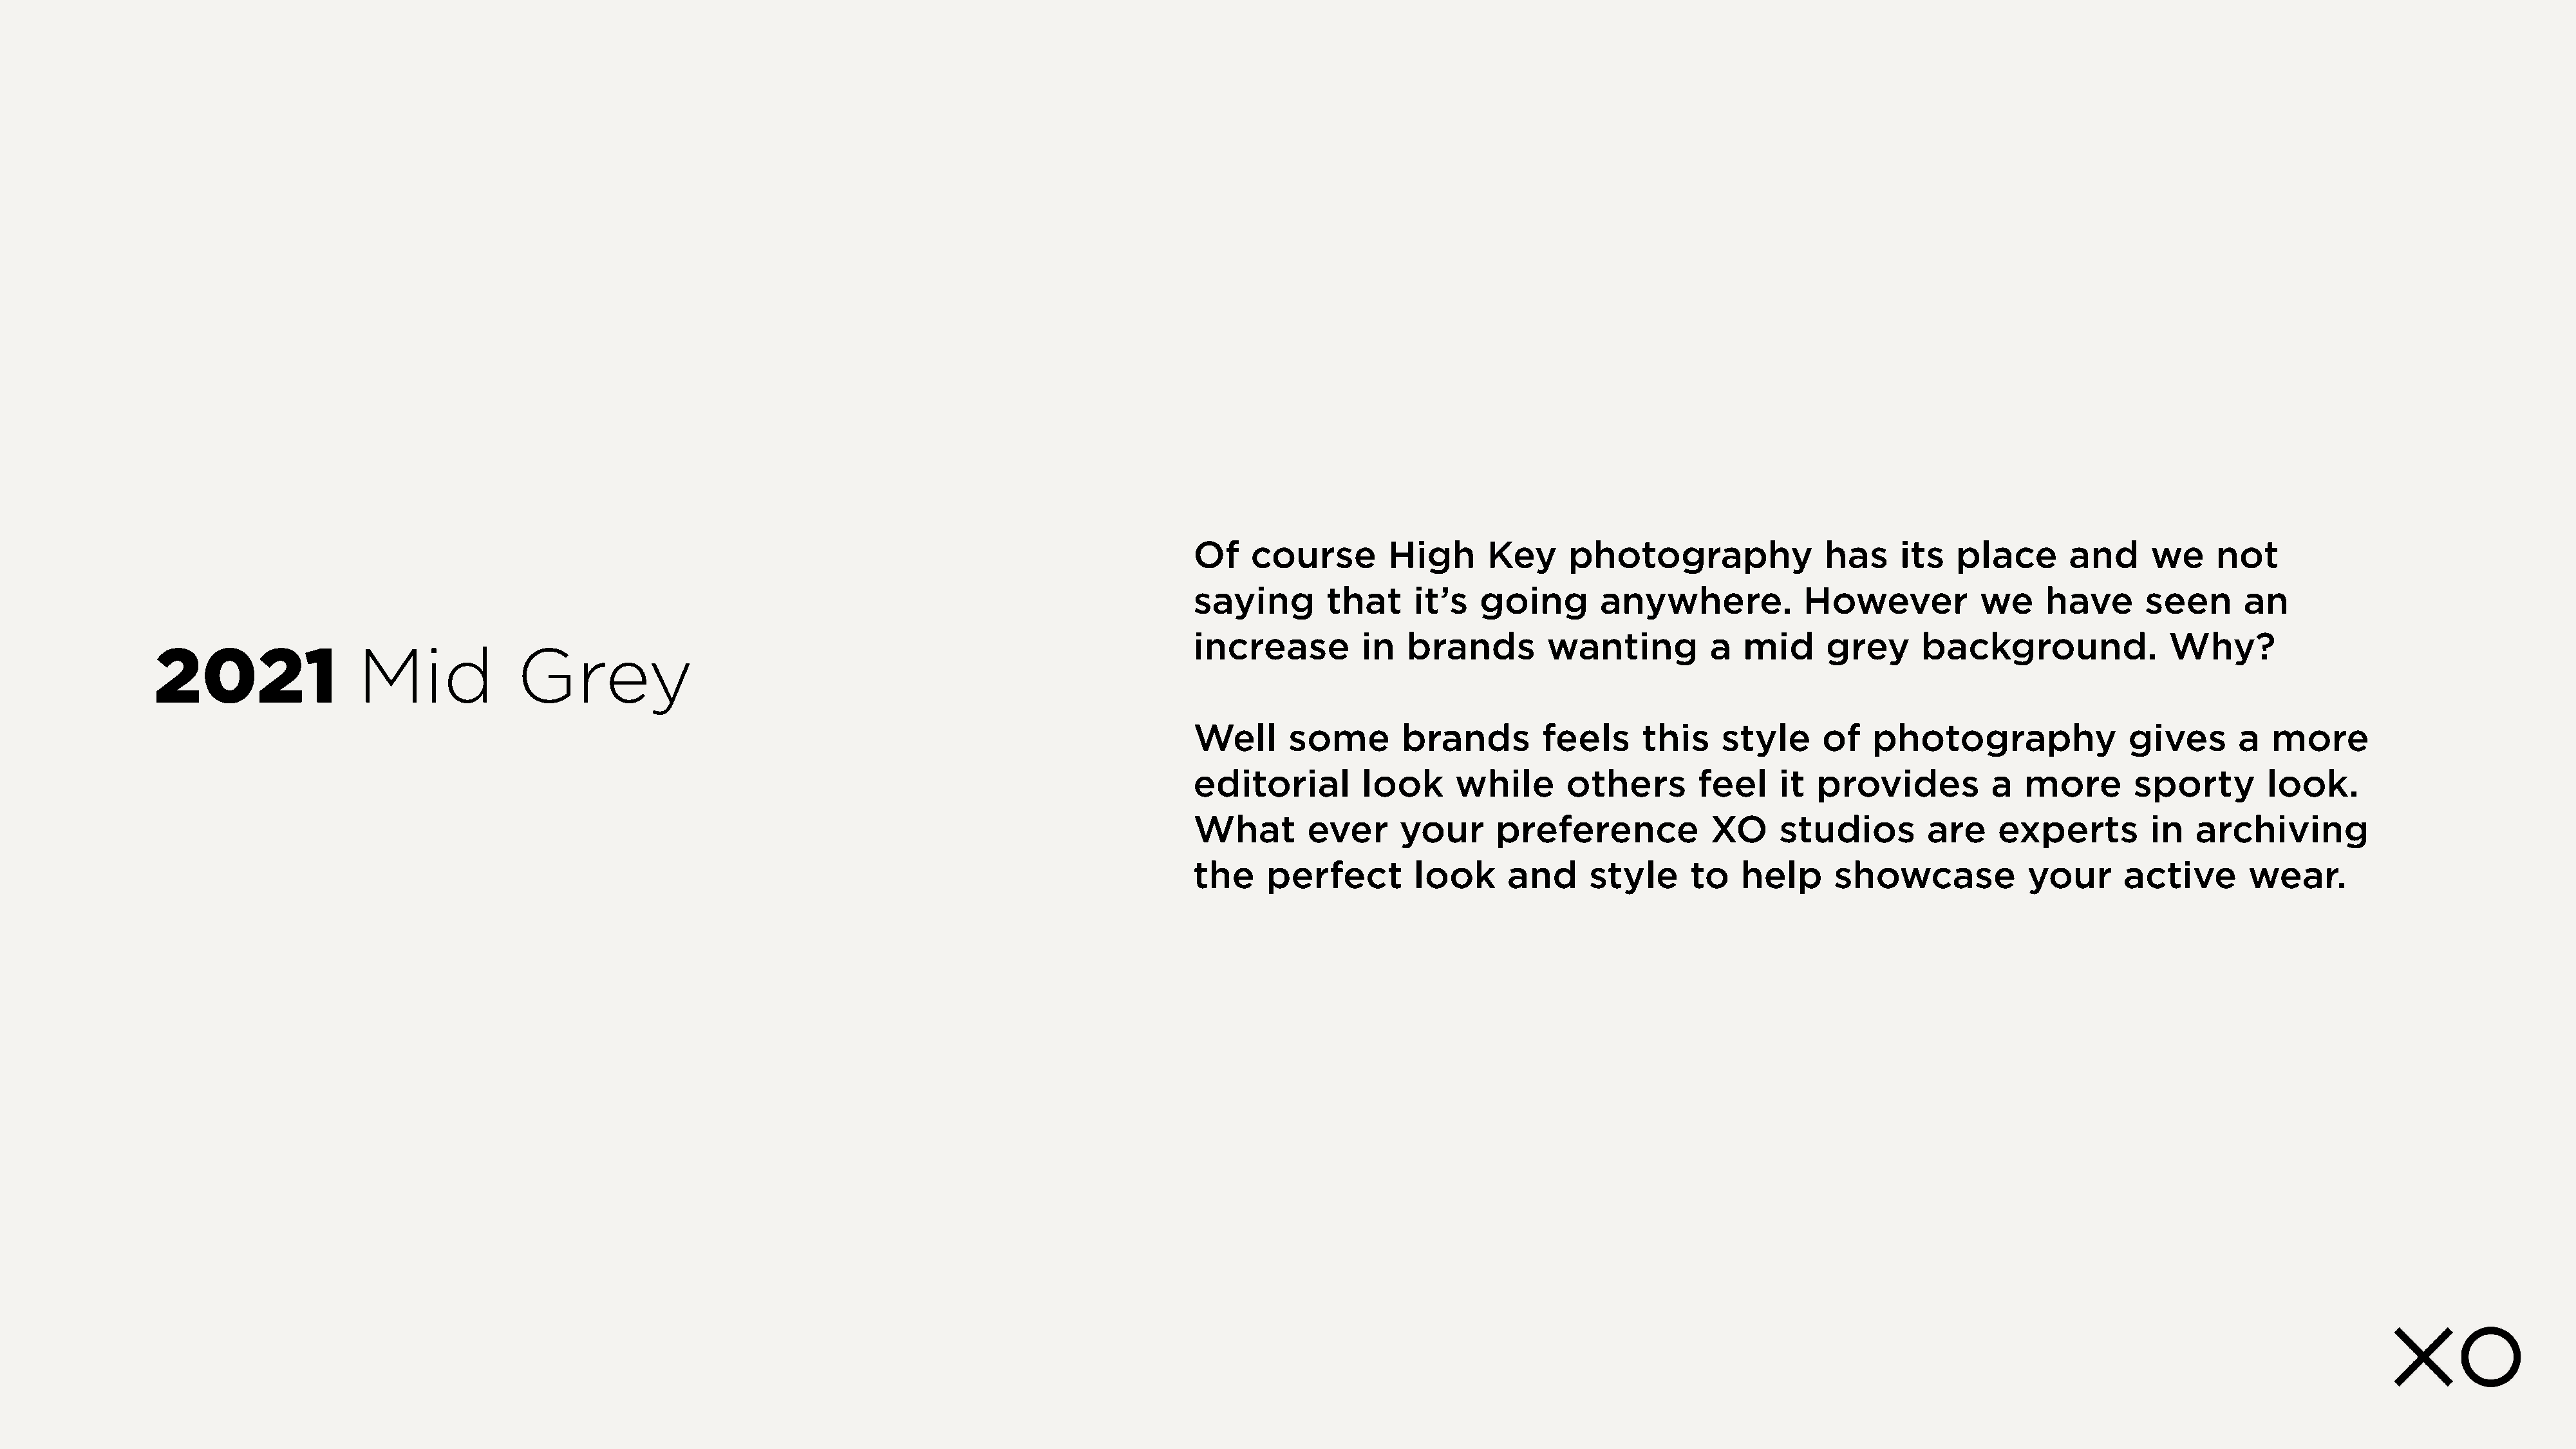
Of    course        High      Key     photography                has    its   place       and     we     not
 saying       that     it’s   going       anywhere.            However            we    have      seen       an
 increase         in   brands        wanting          a  mid      grey      background.              Why?
 2021                 Mid             Grey
 Well     some        brands        feels      this    style     of   photography                gives      a   more
 editorial        look      while      others        feel    it  provides          a  more       sporty        look.
 What       ever      your      preference            XO     studios        are    experts         in   archiving
 the    perfect        look      and     style      to   help      showcase           your      active       wear.